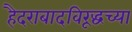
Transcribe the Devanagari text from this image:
हैदराबादविरूद्धच्या